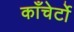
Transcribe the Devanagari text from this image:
काँचेर्टो